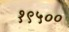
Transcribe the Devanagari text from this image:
१९५००